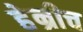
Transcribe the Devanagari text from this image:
हेन्रीच